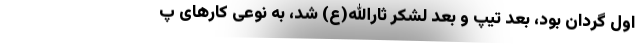
اول گردان بود، بعد تیپ و بعد لشکر ثارالله(ع) شد، به نوعی کارهای پ